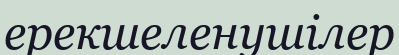
ерекшеленушілер